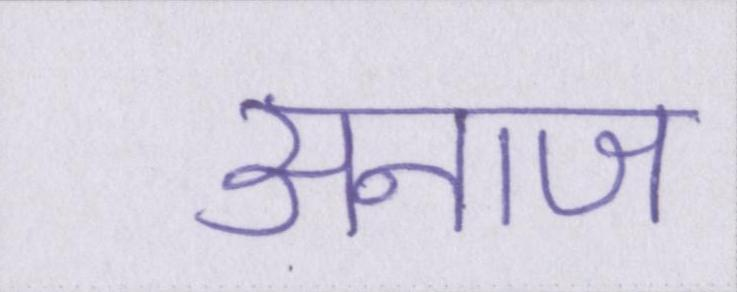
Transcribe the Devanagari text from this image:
अनाज